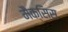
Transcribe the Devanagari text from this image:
मैक्सिस